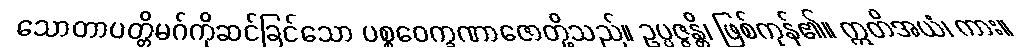
သောတာပတ္တိမဂ်ကိုဆင်ခြင်သော ပစ္စဝေက္ခဏာဇောတို့သည်။ ဥပ္ပဇ္ဇန္တိ၊ ဖြစ်ကုန်၏။ ဣတိအယံ၊ ကား။